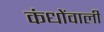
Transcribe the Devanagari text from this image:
कंधोंवाली